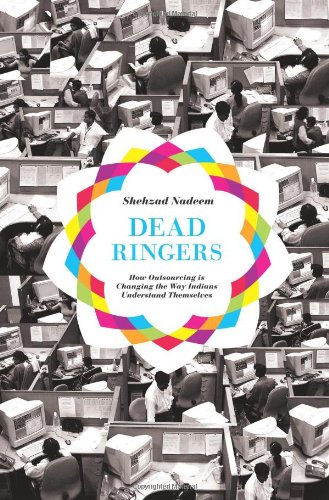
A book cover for Dead Ringers: How Outsourcing Is Changing the Way Indians Understand Themselves; Shehzad Nadeem; Business & Money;